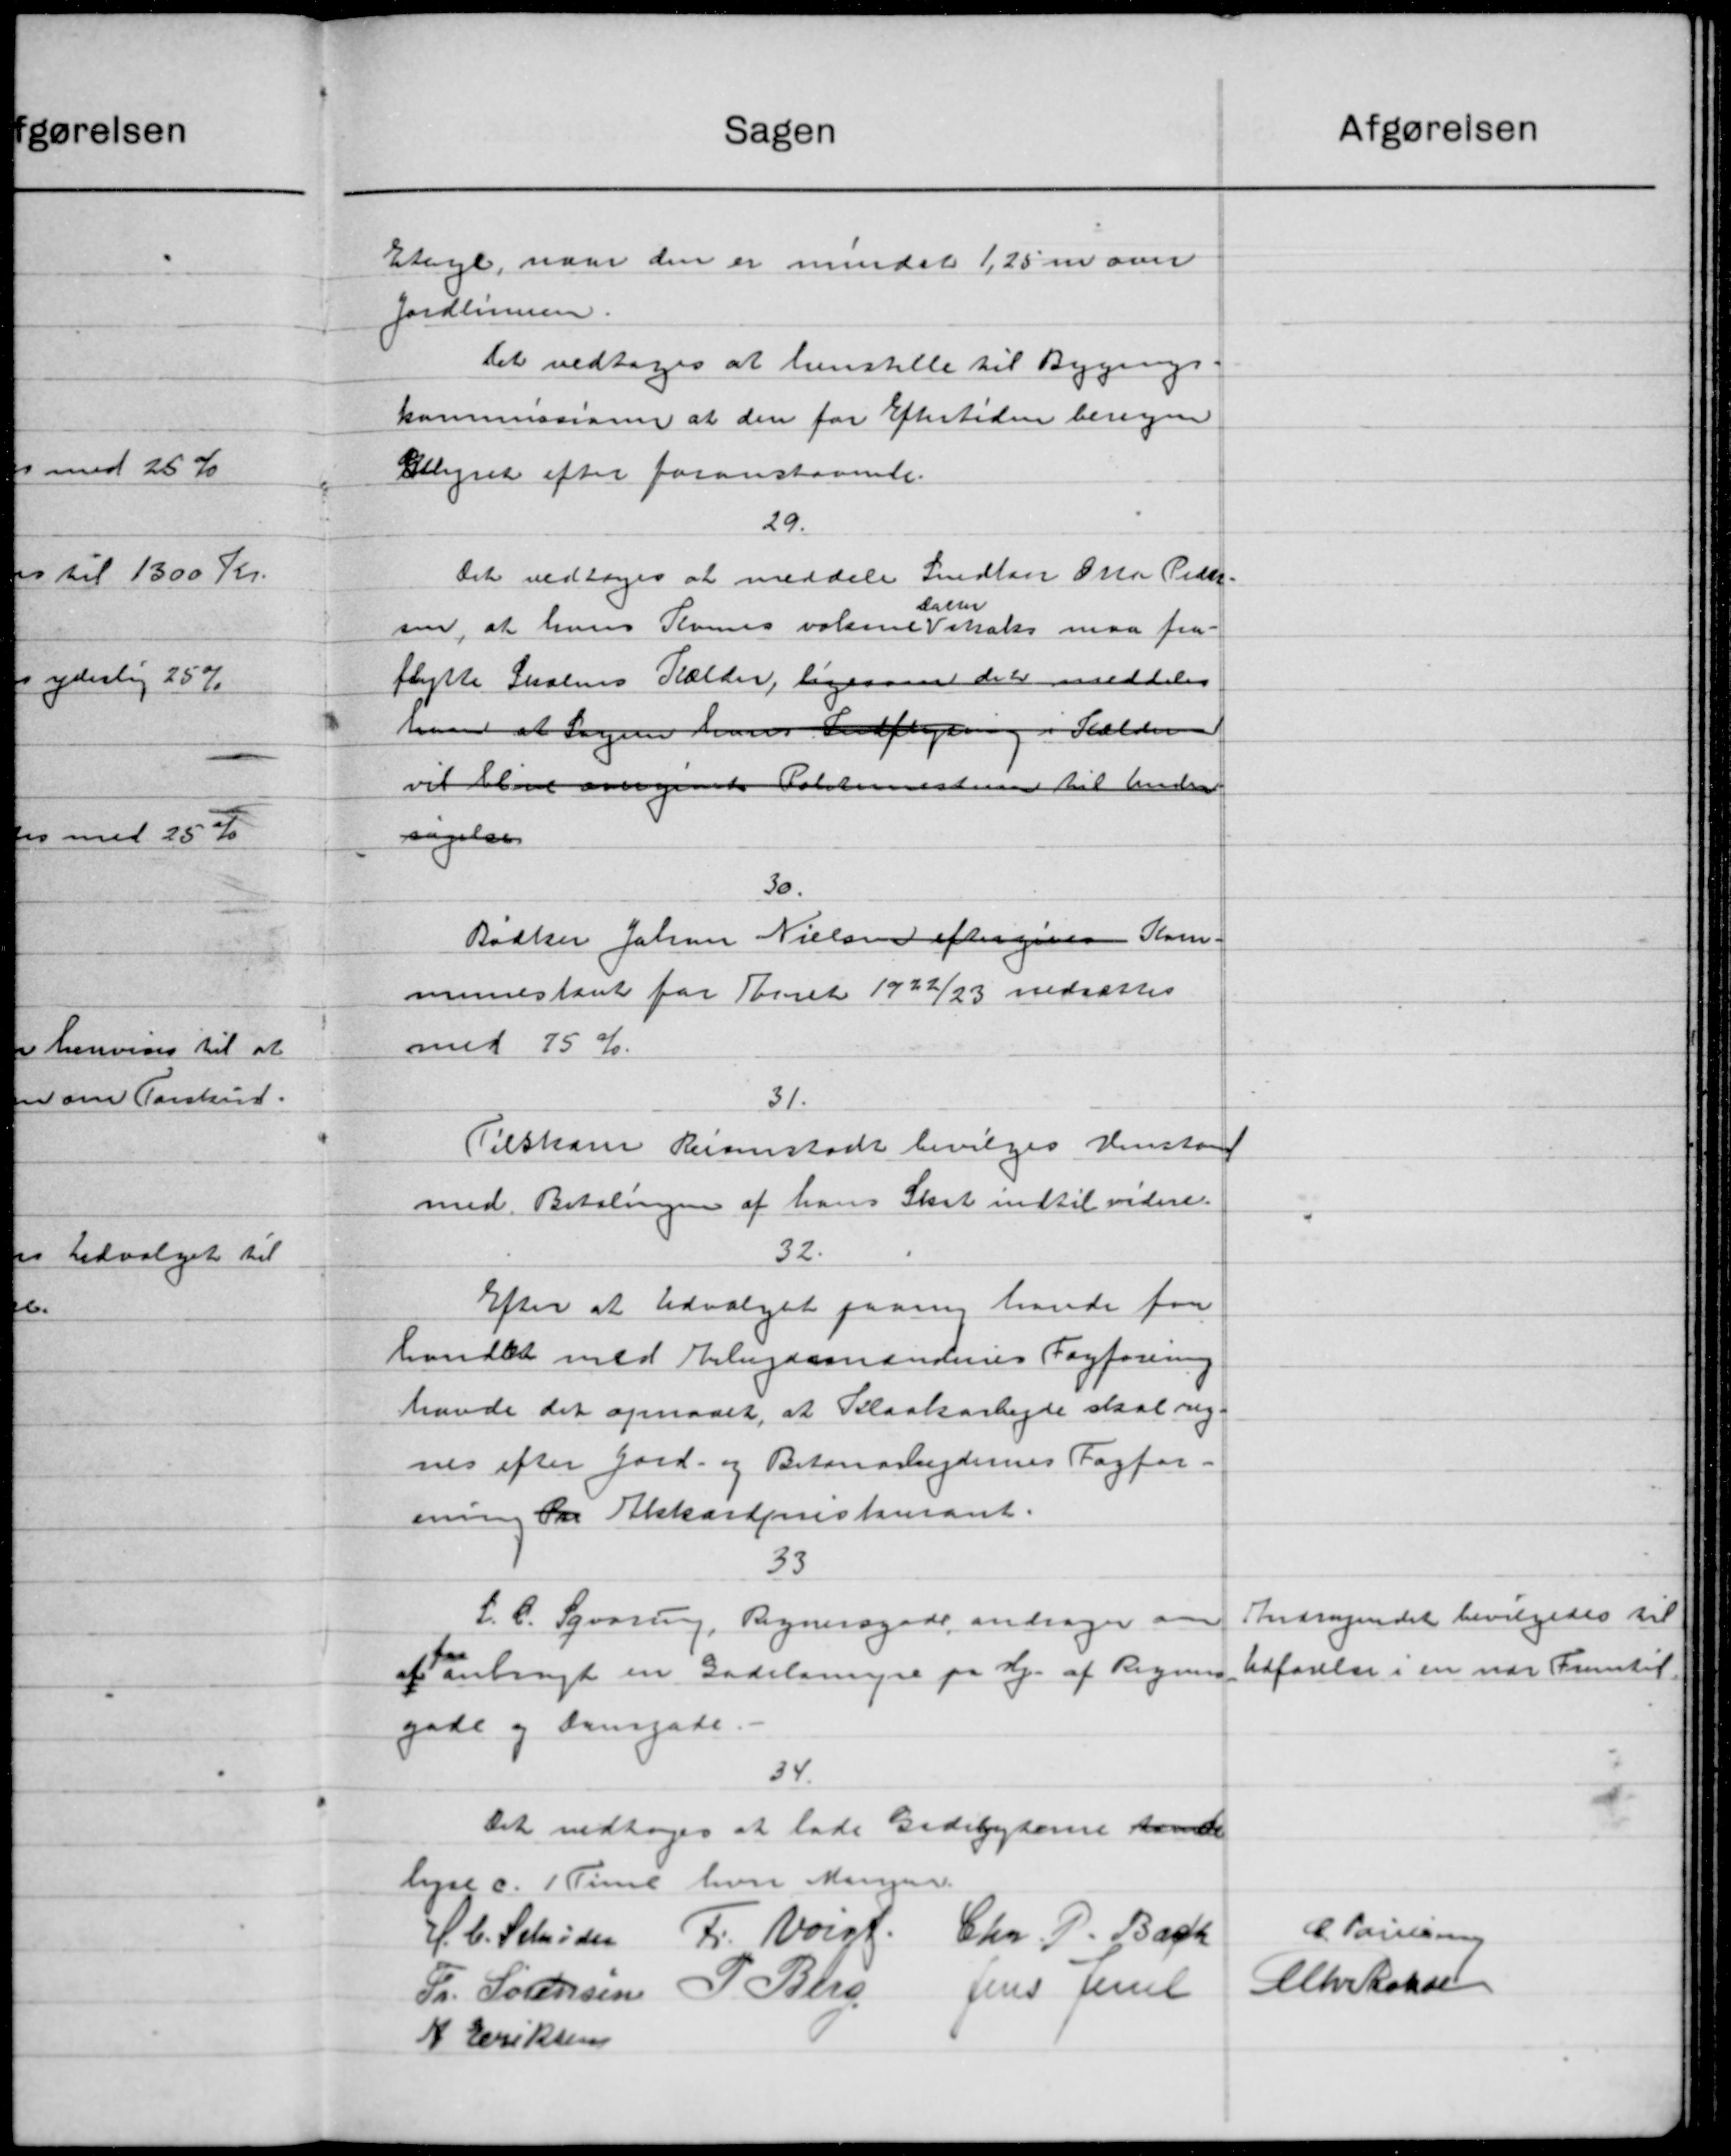
Transskription:
Sagen
Etage, naar den er mindet 1,25 m ove
Jordlingen.
Det vedtoges at henstille til Bygnings-
kommissioner at den for Eftertiden beregne
Allegiet efter foranstaaende.
29.
Det vedtoges at meddele Snedan Otto Peder-
dammer
sen, at hans Rames valgme Vitales maa fra
flytte Skolens Kælder, ligesamt det meddeles
have at Sagene hans Indflyen i Skælden
vil det overgivets Folkemesteren til Andrag
sagelse
30.
Bødker Johan Nielsen eftergives Kom-
munestaaet for Taaret 1922/23 nedsættes
med 75 %.
31.
Tilskud Reisenstadt bevilges Henstan
med Betalingen af hans Skat indtil videre.
32.
Efter at Udvalget paany havde faa
handlet med Arbejdsmandenes Fagforening
havde det opnaaet, at Kloakarbejde skal reg-
nes efter Jord- og Betonarbejdernes Fagfor-
ening fra Akkorderestaurant.
33
L. C. Syvorup, Sogneraade, andrager om
at anbragt en Gadelingse på Hj. af Regning
gade og dengade
34.
Det vedtoges at lade Bedebyterne hende
lyst c. 1 Time hvor Mangen.
H. C. Schrøder Fr. Vorgf.
Chr. P. Bach
P. Bleg
Jens Jensel
Fr. Sørensen
N Eriksen